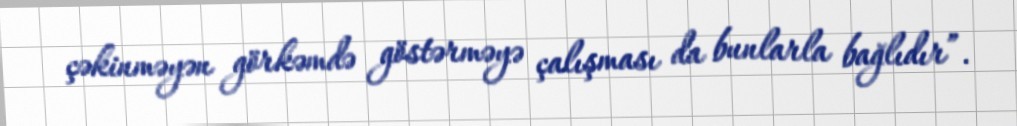
çəkinməyən görkəmdə göstərməyə çalışması da bunlarla bağlıdır”.